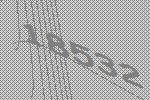
18532